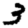
Digit: 3